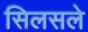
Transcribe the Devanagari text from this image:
सिलसले